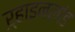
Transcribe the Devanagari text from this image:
ऱ्हाइनलांड